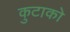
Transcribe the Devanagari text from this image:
कुटाको